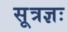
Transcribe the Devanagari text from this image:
सूत्रज्ञः